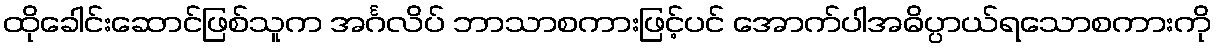
ထိုခေါင်းဆောင်ဖြစ်သူက အင်္ဂလိပ် ဘာသာစကားဖြင့်ပင် အောက်ပါအဓိပ္ပာယ်ရသောစကားကို